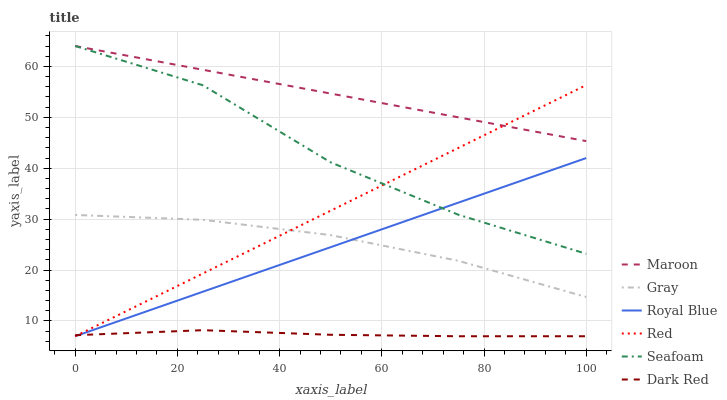
| xaxis_label | Maroon | Gray | Royal Blue | Red | Seafoam | Dark Red |
 | --- | --- | --- | --- | --- | --- | --- |
 | 0 | 64 | 30.8 | 7 | 7 | 64 | 7.21 |
 | 25 | 59.3 | 29.9 | 15.7 | 19.3 | 56.3 | 8.19 |
 | 50 | 54.7 | 26.9 | 24.5 | 31.7 | 41.1 | 7.29 |
 | 75 | 50 | 21.8 | 33.2 | 44 | 30.9 | 7 |
 | 100 | 45.3 | 14.7 | 42 | 56.3 | 23.2 | 7 |